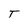
Character: T